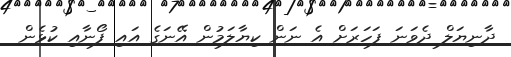
ދާނިޔަލް ދެވަނަ ފަހަރަށް އެ ނަން ކިޔާލަމުން އޭނަގެ އައި ފޯނާއި ކުޅެން